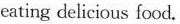
eating delicious food.